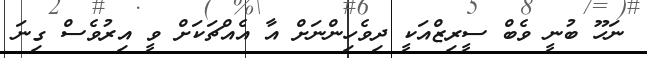
ނަހޫ ބުނީ ވެބް ސީރިޒްއަކީ ދިވެހިންނަށް އާ އެއްޗަކަށް ވީ އިރުވެސް ގިނަ